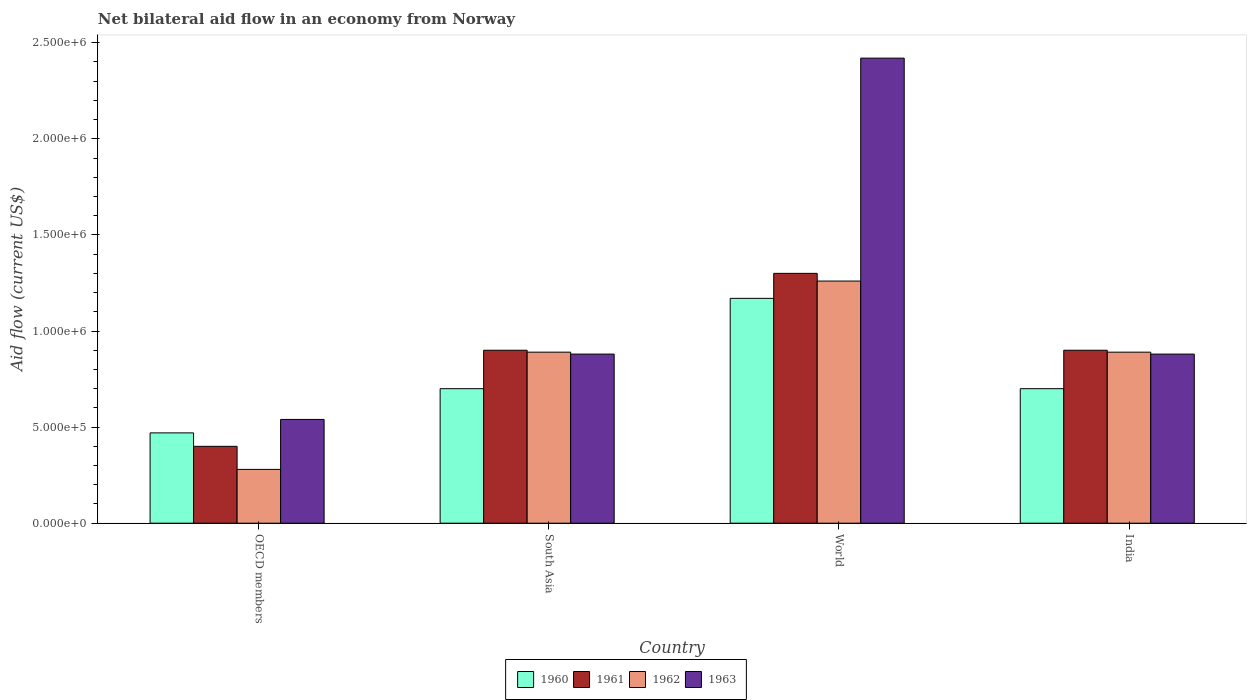
| Country | 1960 | 1961 | 1962 | 1963 |
 | --- | --- | --- | --- | --- |
 | OECD members | 4.7e+05 | 4e+05 | 2.8e+05 | 5.4e+05 |
 | South Asia | 7e+05 | 9e+05 | 8.9e+05 | 8.8e+05 |
 | World | 1.17e+06 | 1.3e+06 | 1.26e+06 | 2.42e+06 |
 | India | 7e+05 | 9e+05 | 8.9e+05 | 8.8e+05 |